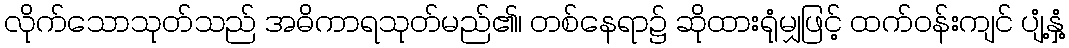
လိုက်သောသုတ်သည် အဓိကာရသုတ်မည်၏၊ တစ်နေရာ၌ ဆိုထားရုံမျှဖြင့် ထက်ဝန်းကျင် ပျံ့နှံ့